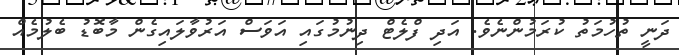
ދަނީ ތުހުމަތު ކުރަމުންނެވެ. އަދި ފްލެޓް ދިނުމުގައި އަވަސް އަރުވާލައިގެން މާބޮޑު ބެލުމެއް